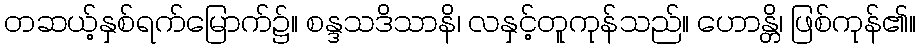
တဆယ့်နှစ်ရက်မြောက်၌။ စန္ဒသဒိသာနိ၊ လနှင့်တူကုန်သည်။ ဟောန္တိ၊ ဖြစ်ကုန်၏။